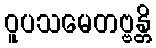
ဝူပသမေတဗ္ဗန္တိ